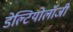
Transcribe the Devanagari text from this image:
डेल्टियोलॉजी